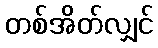
တစ်အိတ်လျှင်